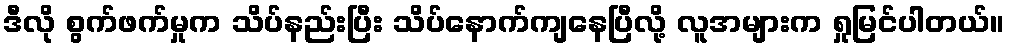
ဒီလို စွက်ဖက်မှုက သိပ်နည်းပြီး သိပ်နောက်ကျနေပြီလို့ လူအများက ရှုမြင်ပါတယ်။